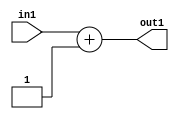
`timescale 1ps / 1ps
/*****************************************************************************
    Verilog RTL Description
    
    
    Created by: Stratus DpOpt 21.05.01 
*******************************************************************************/

module SobelFilter_Add2i1u5_1 (
	in1,
	out1
	); /* architecture "behavioural" */ 
input [4:0] in1;
output [5:0] out1;
wire [5:0] asc001;

assign asc001 = 
	+(in1)
	+(6'B000001);

assign out1 = asc001;
endmodule

/* CADENCE  urj0SQg= : u9/ySxbfrwZIxEzHVQQV8Q== ** DO NOT EDIT THIS LINE ******/